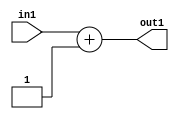
`timescale 1ps / 1ps
/*****************************************************************************
    Verilog RTL Description
    
    
    Created by: Stratus DpOpt 21.05.01 
*******************************************************************************/

module SobelFilter_Add2i1u5_1 (
	in1,
	out1
	); /* architecture "behavioural" */ 
input [4:0] in1;
output [5:0] out1;
wire [5:0] asc001;

assign asc001 = 
	+(in1)
	+(6'B000001);

assign out1 = asc001;
endmodule

/* CADENCE  urj0SQg= : u9/ySxbfrwZIxEzHVQQV8Q== ** DO NOT EDIT THIS LINE ******/